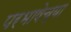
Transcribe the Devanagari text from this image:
परभाषेच्या